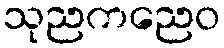
သုညကညေဝ